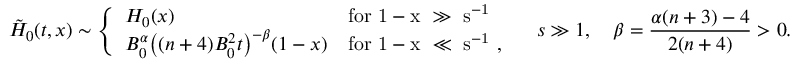
\tilde { H } _ { 0 } ( t , x ) \sim \left\{ \begin{array} { l l } { H _ { 0 } ( x ) } & { \mathrm { f o r ~ 1 - x ~ \gg ~ s ^ { - 1 } ~ } } \\ { B _ { 0 } ^ { \alpha } \big ( ( n + 4 ) B _ { 0 } ^ { 2 } t \big ) ^ { - \beta } ( 1 - x ) } & { \mathrm { f o r ~ 1 - x ~ \ll ~ s ^ { - 1 } ~ } , } \end{array} \right. \quad s \gg 1 , \quad \beta = \frac { \alpha ( n + 3 ) - 4 } { 2 ( n + 4 ) } > 0 .